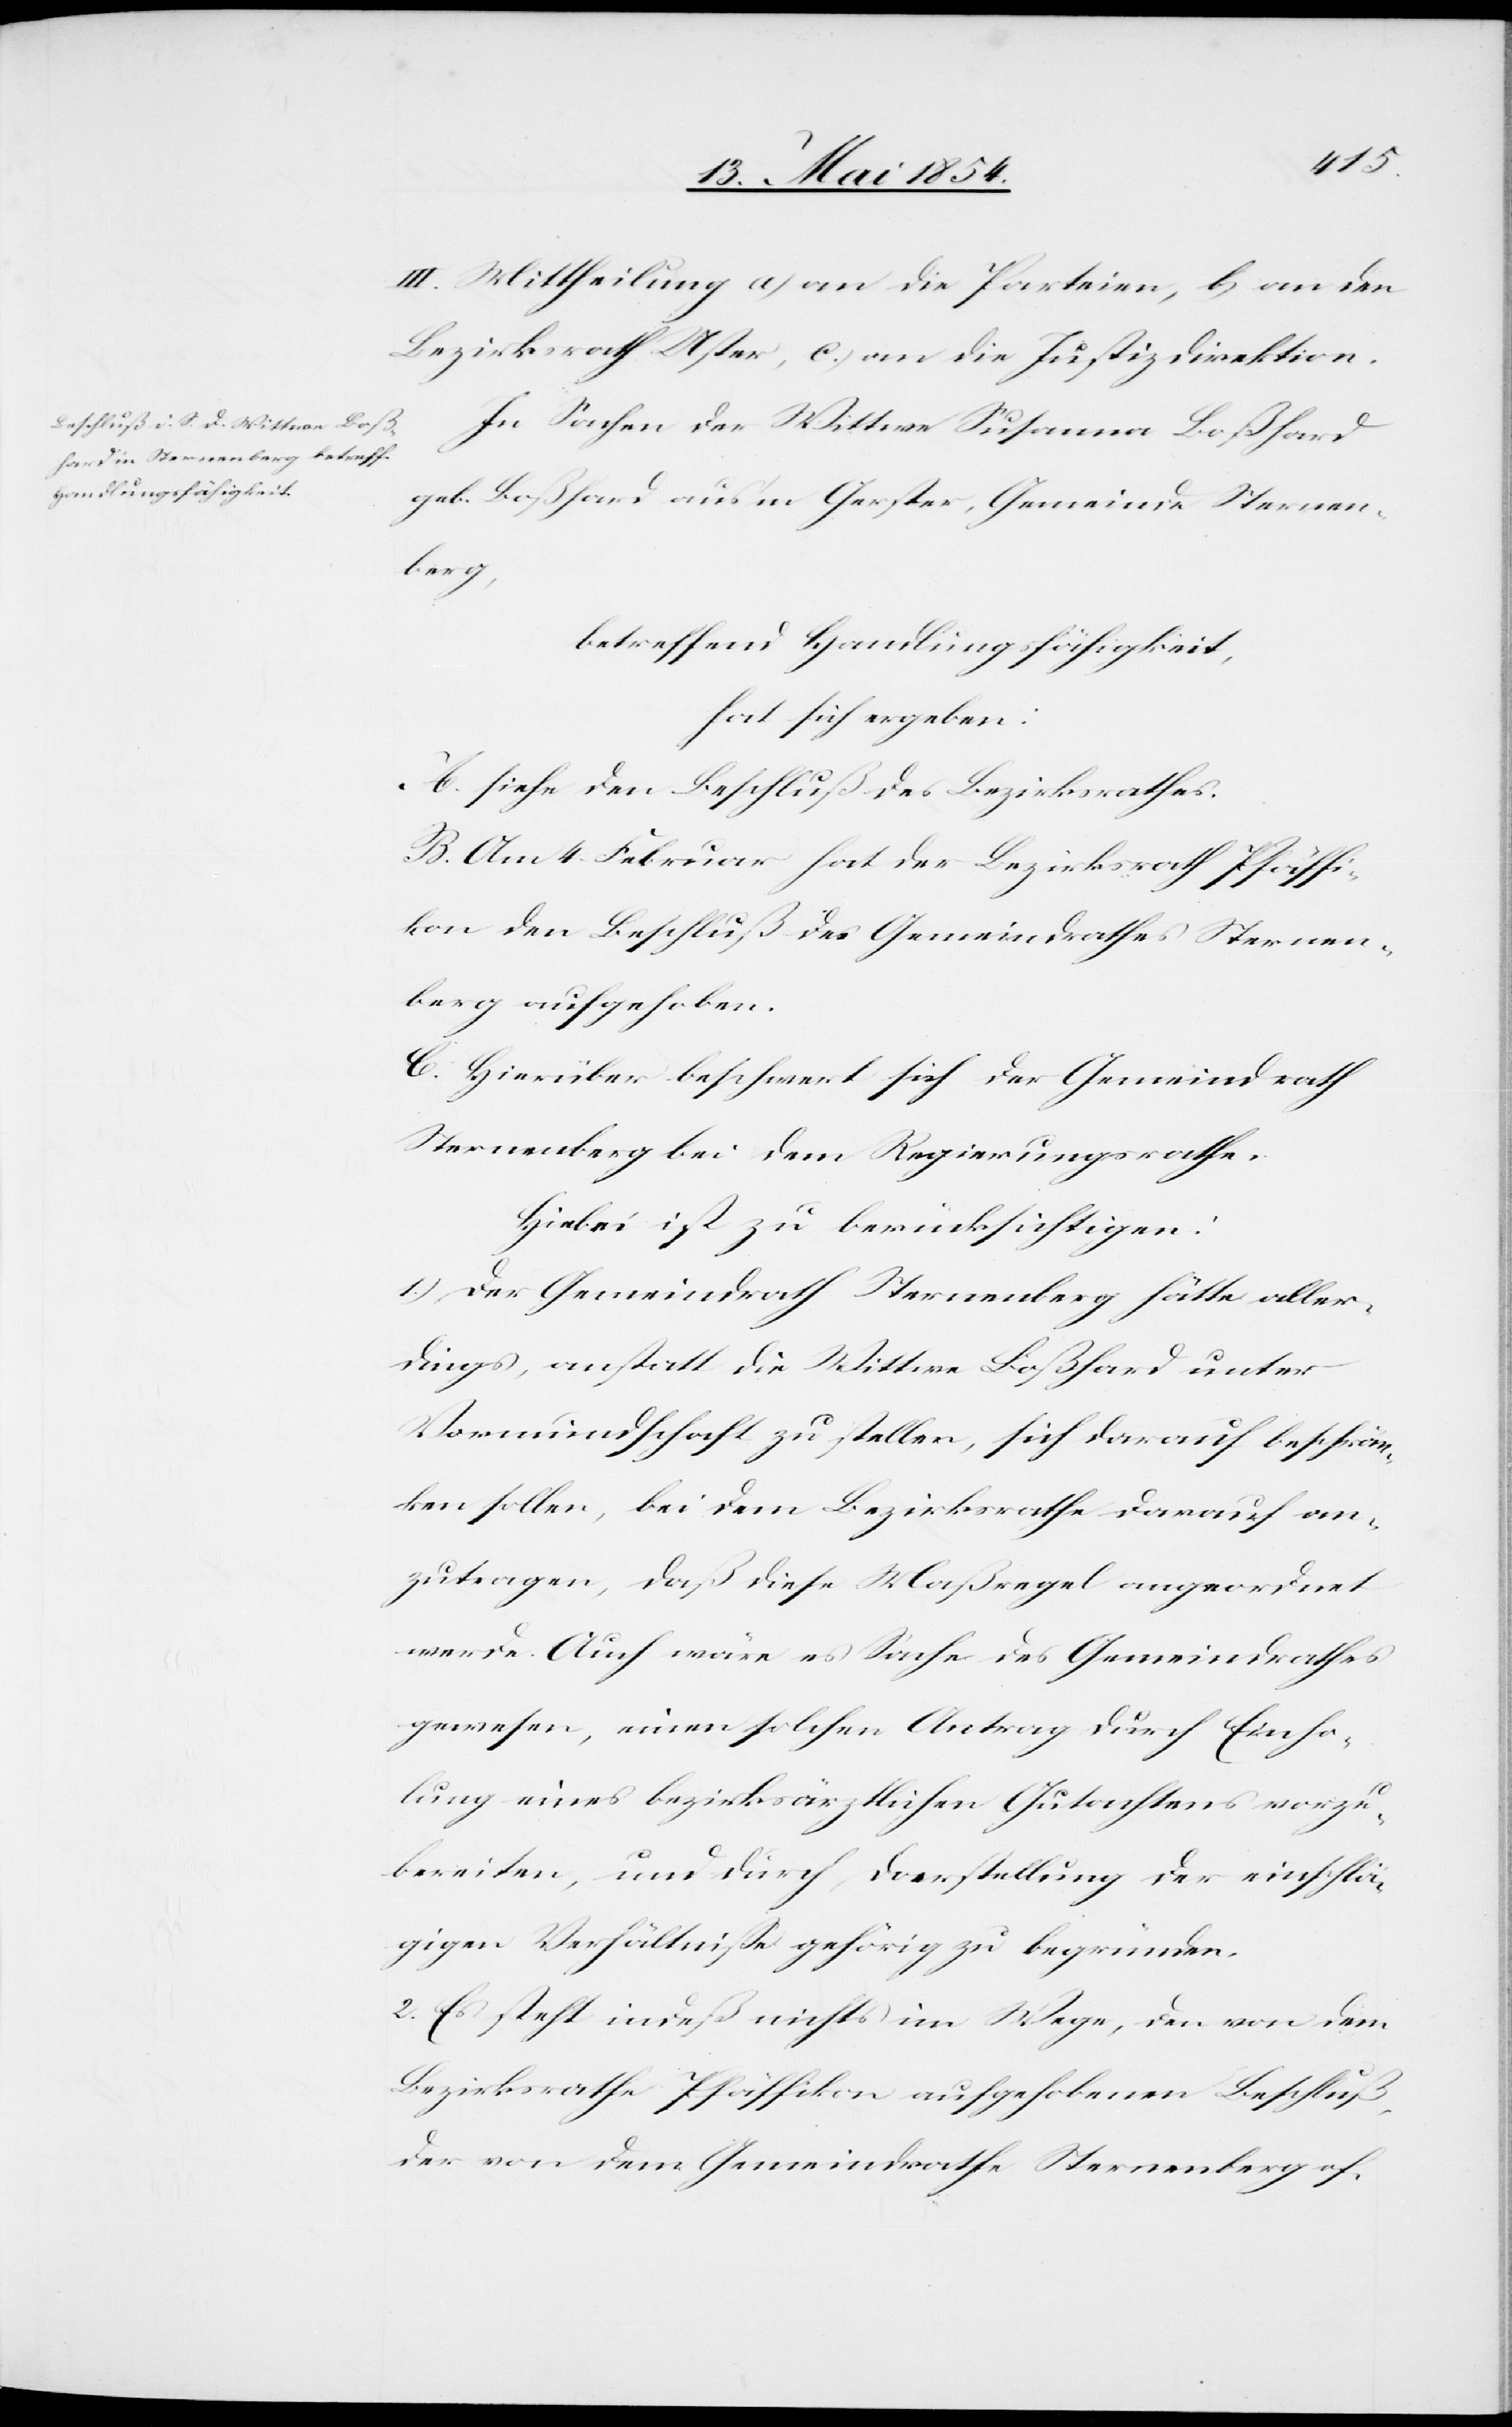
III. Mittheilung a) an die Parteien, b) an den
Bezirksrath Uster, c.) an die Justizdirektion.
In Sachen der Wittwe Susanna Boßhard
geb. Boßhard aus’m Gerster, Gemeinde Sternen¬
berg,
betreffend Handlungsfähigkeit,
hat sich ergeben:
A. siehe den Beschluß des Bezirksrathes.
B. Am 4. Februar hat der Bezirksrath Pfäffi¬
kon den Beschluß des Gemeindrathes Sternen¬
berg aufgehoben.
C. Hierüber beschwert sich der Gemeindrath
Sternenberg bei dem Regierungsrathe.
Hiebei ist zu berücksichtigen:
1.) Der Gemeindrath Sternenberg hätte aller¬
dings, anstatt die Wittwe Boßhard unter
Vormundschaft zu stellen, sich darauf beschrän¬
ken wollen, bei dem Bezirksrathe darauf an¬
zutragen, daß diese Maßregel angeordnet
werde. Auch wäre es Sache des Gemeindrathes
gewesen, einen solchen Antrag durch Einho¬
lung eines bezirksärztlichen Gutachtens vorzu¬
bereiten, und durch Darstellung der einschlä¬
gigen Verhältniße gehörig zu begründen.
2. Es steht indeß nichts im Wege, den von dem
Bezirksrathe Pfäffikon aufgehobenen Beschluß,
der von dem Gemeindrathe Sternenberg of-